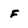
Character: F